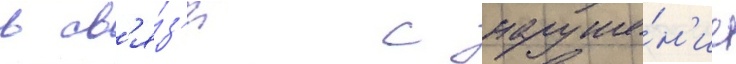
в св'я́з'и с наруше́н'ие